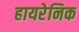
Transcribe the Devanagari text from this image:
हायरेनिक